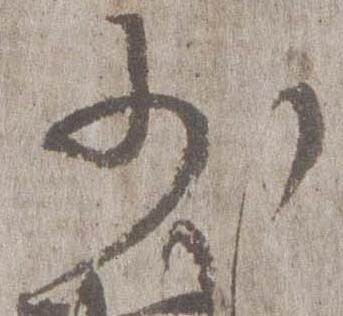
少